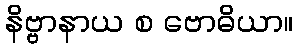
နိဗ္ဗာနာယ စ ဗောဓိယာ။